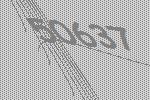
50637